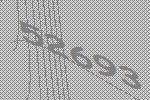
52693